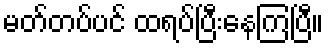
မတ်တပ်ပင် ထရပ်ပြီးနေကြပြီ။